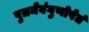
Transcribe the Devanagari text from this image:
पुत्रमेवंगुणोपेतं